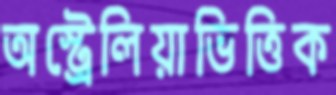
অস্ট্রেলিয়াভিত্তিক